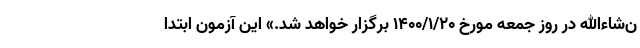
ن‌شاءالله در روز جمعه مورخ ۱۴۰۰/۱/۲۰ برگزار خواهد شد.» این آزمون ابتدا